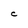
Character: C